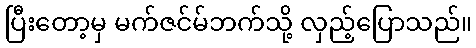
ပြီးတော့မှ မက်ဇင်မ်ဘက်သို့ လှည့်ပြောသည်။